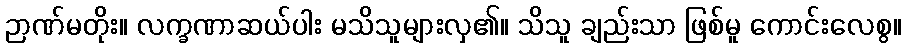
ဉာဏ်မတိုး။ လက္ခဏာဆယ်ပါး မသိသူများလှ၏။ သိသူ ချည်းသာ ဖြစ်မူ ကောင်းလေစွ။